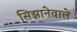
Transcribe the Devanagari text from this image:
सिझानेवाले